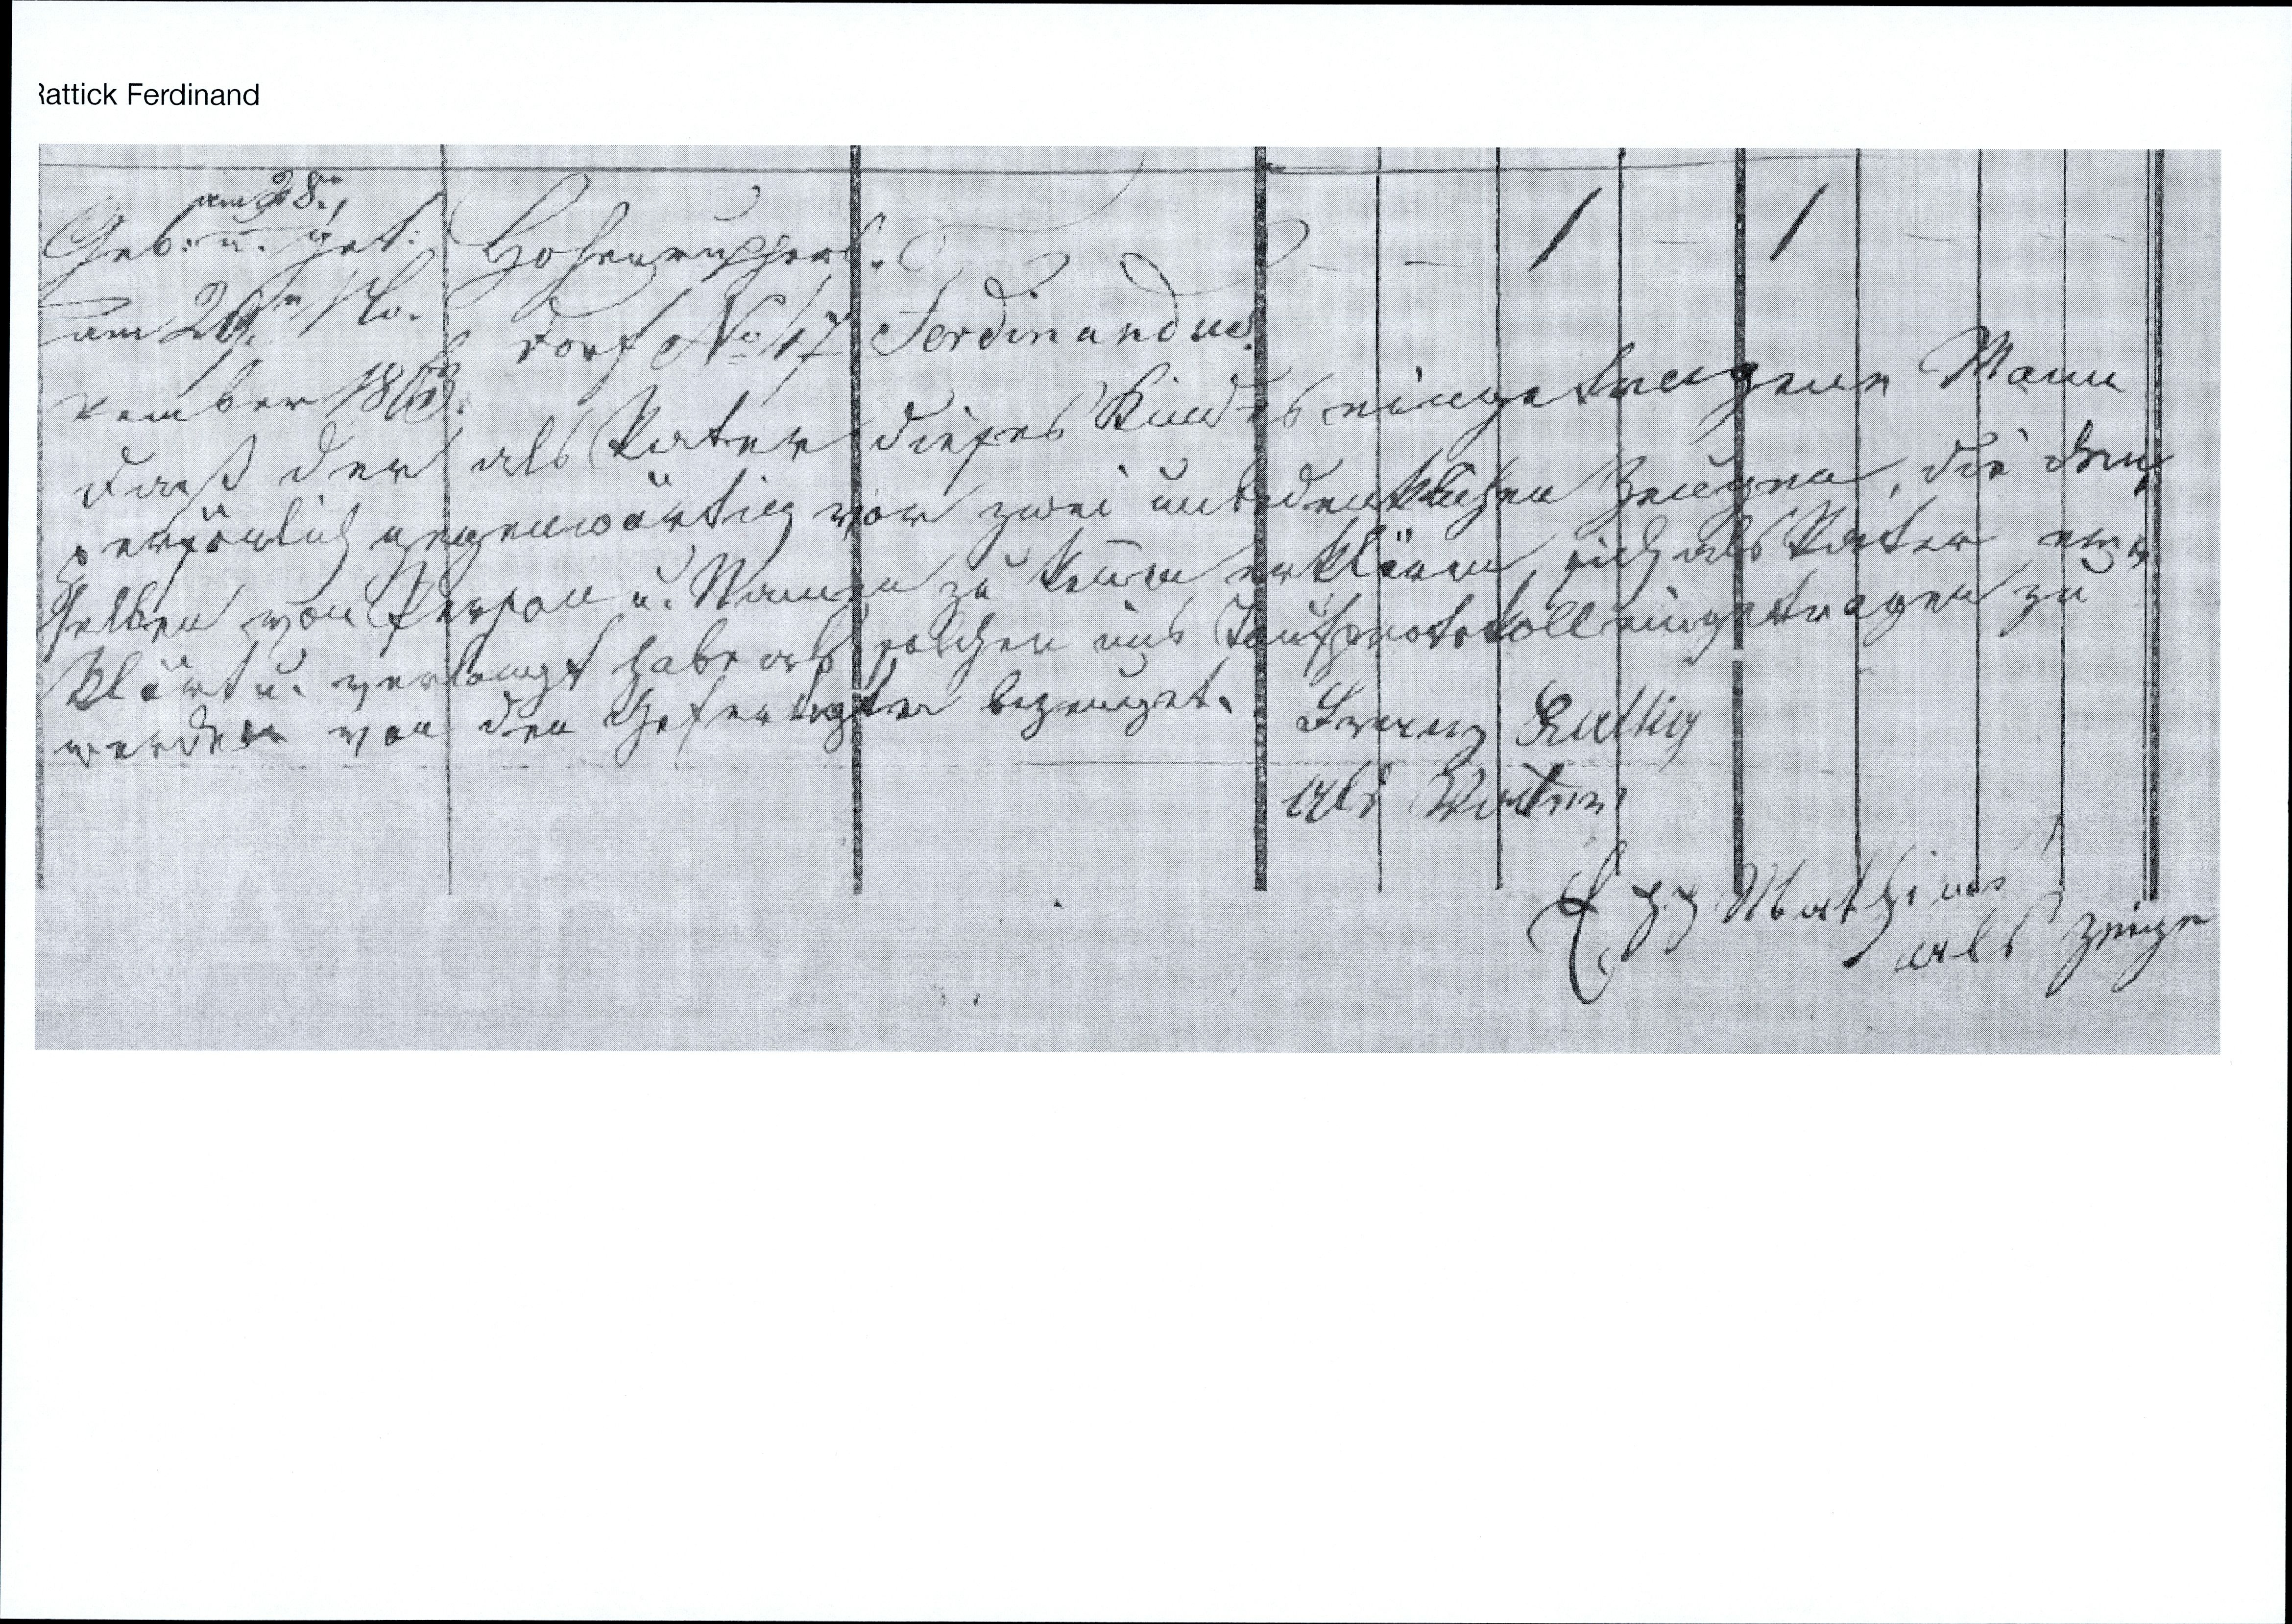
Geb: am 28.n, u. get:
am 29.n No¬
vember 1863
Hohenruppers¬
dorf № / 17 Ferdinandus
daß der als Vater dieses Kindes eingetragene Mann
persönlich gegenwärtig von zwei unbedenklichen Zeugen, die den¬
selben von Person u. Namen zu kennen erklären, sich als Vater er¬
klärt u. verlangt habe als solcher ins Taufprotokoll eingetragen zu
werden von den Gefertigten bezeuget.
Lorenz Rattig
als Vater
Egg Mathias
als Zeuge